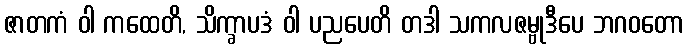
ဇာတကံ ဝါ ကထေတိ, သိက္ခာပဒံ ဝါ ပညပေတိ တဒါ သကလဇမ္ဗုဒီပေ ဘဂဝတော